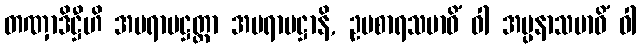
တဏှာဒိဋ္ဌီဟိ အပရာမဋ္ဌတ္တာ အပရာမဋ္ဌာနိ, ဥပစာရသမာဓိံ ဝါ အပ္ပနာသမာဓိံ ဝါ